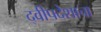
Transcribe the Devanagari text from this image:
द्वीपदेशाचा